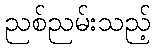
ညစ်ညမ်းသည့်